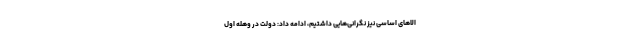
الاهای اساسی نیز نگرانی‌هایی داشتیم، ادامه داد: دولت در وهله اول